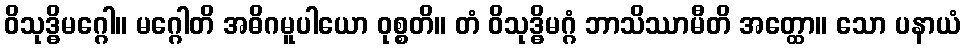
ဝိသုဒ္ဓိမဂ္ဂေါ။ မဂ္ဂေါတိ အဓိဂမူပါယော ဝုစ္စတိ။ တံ ဝိသုဒ္ဓိမဂ္ဂံ ဘာသိဿာမီတိ အတ္ထော။ သော ပနာယံ